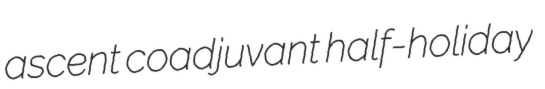
ascent coadjuvant half-holiday